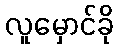
လူမှောင်ခို